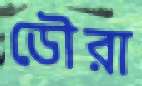
ডৌরা